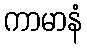
ကာမာနံ